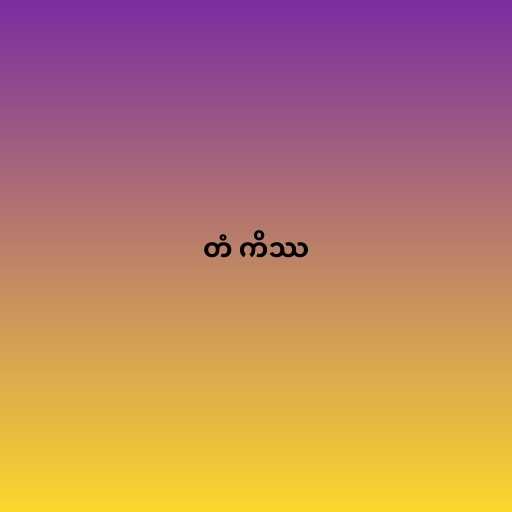
တံ ကိဿ